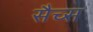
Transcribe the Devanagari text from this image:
सैच्‍स